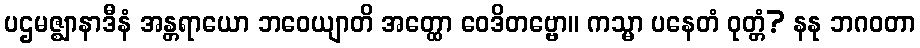
ပဌမဇ္ဈာနာဒီနံ အန္တရာယော ဘဝေယျာတိ အတ္ထော ဝေဒိတဗ္ဗော။ ကသ္မာ ပနေတံ ဝုတ္တံ? နနု ဘဂဝတာ